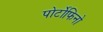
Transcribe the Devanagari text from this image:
पोर्टोफिनो